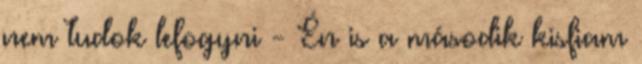
nem tudok lefogyni - Én is a második kisfiam